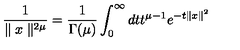
\frac { 1 } { \parallel x \parallel ^ { 2 \mu } } = \frac { 1 } { \Gamma ( \mu ) } \int _ { 0 } ^ { \infty } d t t ^ { \mu - 1 } e ^ { - t \parallel x \parallel ^ { 2 } }